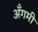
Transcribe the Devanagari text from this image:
अँगमी